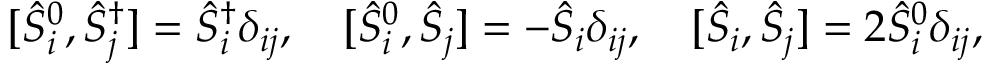
[ \hat { S } _ { i } ^ { 0 } , \hat { S } _ { j } ^ { \dag } ] = \hat { S } _ { i } ^ { \dag } \delta _ { i j } , \quad [ \hat { S } _ { i } ^ { 0 } , \hat { S } _ { j } ] = - \hat { S } _ { i } \delta _ { i j } , \quad [ \hat { S } _ { i } , \hat { S } _ { j } ] = 2 \hat { S } _ { i } ^ { 0 } \delta _ { i j } ,